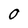
Character: 0